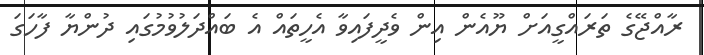
ރާއްޖޭގެ ތަރައްގީއަށް ޔޫއެން އިން ވެދީފައިވާ އެހީތައް އެ ބައްދަލުވުމުގައި ދުންޔާ ފާހަގަ